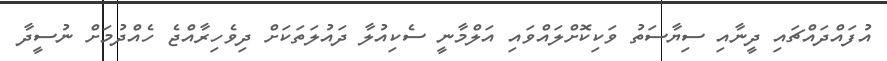
އުފައްދައްޗައި ދީނާއި ސިޔާސަތު ވަކިކޮށްލައްވައި އަލްމާނީ ސެކިއުލާ ދައުލަތަކަށް ދިވެހިރާއްޖެ ހެއްދުމަށް ނުސީދާ